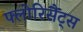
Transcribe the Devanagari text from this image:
फ्लोरिसैंट्स